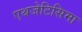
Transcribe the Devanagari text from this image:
एथजेटिसिमा